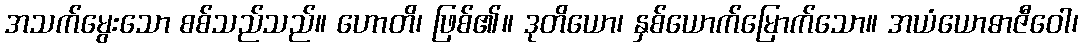
အသက်မွေးသော စစ်သည်သည်။ ဟောတိ၊ ဖြစ်၏။ ဒုတိယော၊ နှစ်ယောက်မြောက်သော။ အယံယောဓာဇီဝေါ၊